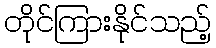
တိုင်ကြားနိုင်သည့်